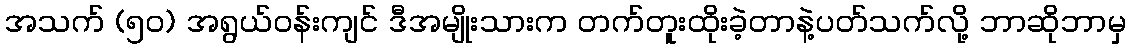
အသက် (၅၀) အရွယ်ဝန်းကျင် ဒီအမျိုးသားက တက်တူးထိုးခဲ့တာနဲ့ပတ်သက်လို့ ဘာဆိုဘာမှ